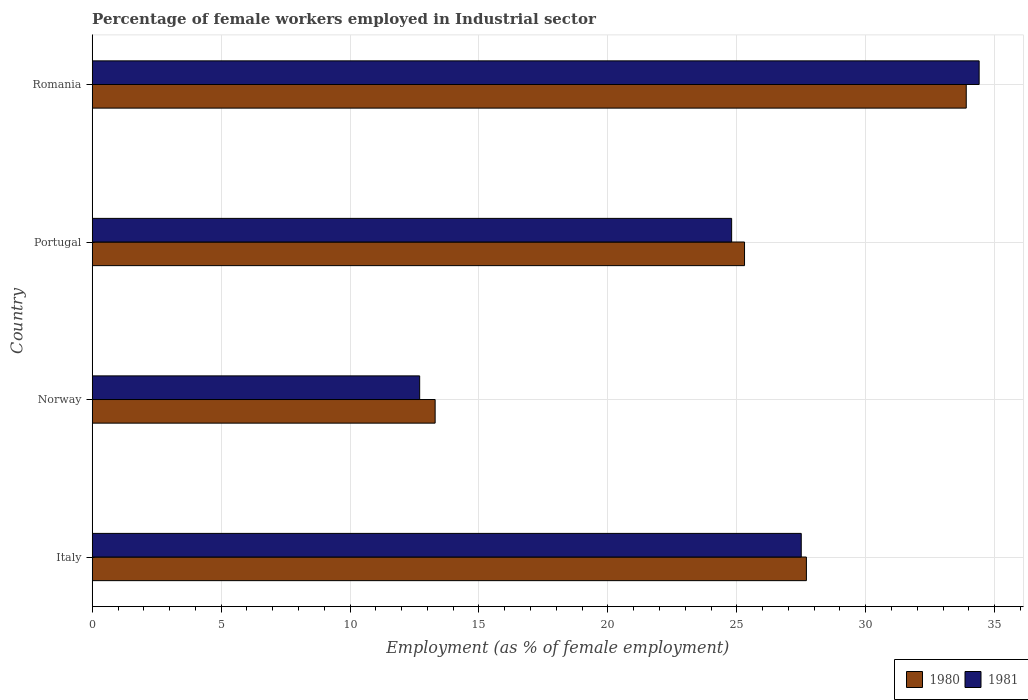
| Country | 1980 | 1981 |
 | --- | --- | --- |
 | Italy | 27.7 | 27.5 |
 | Norway | 13.3 | 12.7 |
 | Portugal | 25.3 | 24.8 |
 | Romania | 33.9 | 34.4 |